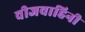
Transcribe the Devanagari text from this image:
वीजवाहिनी